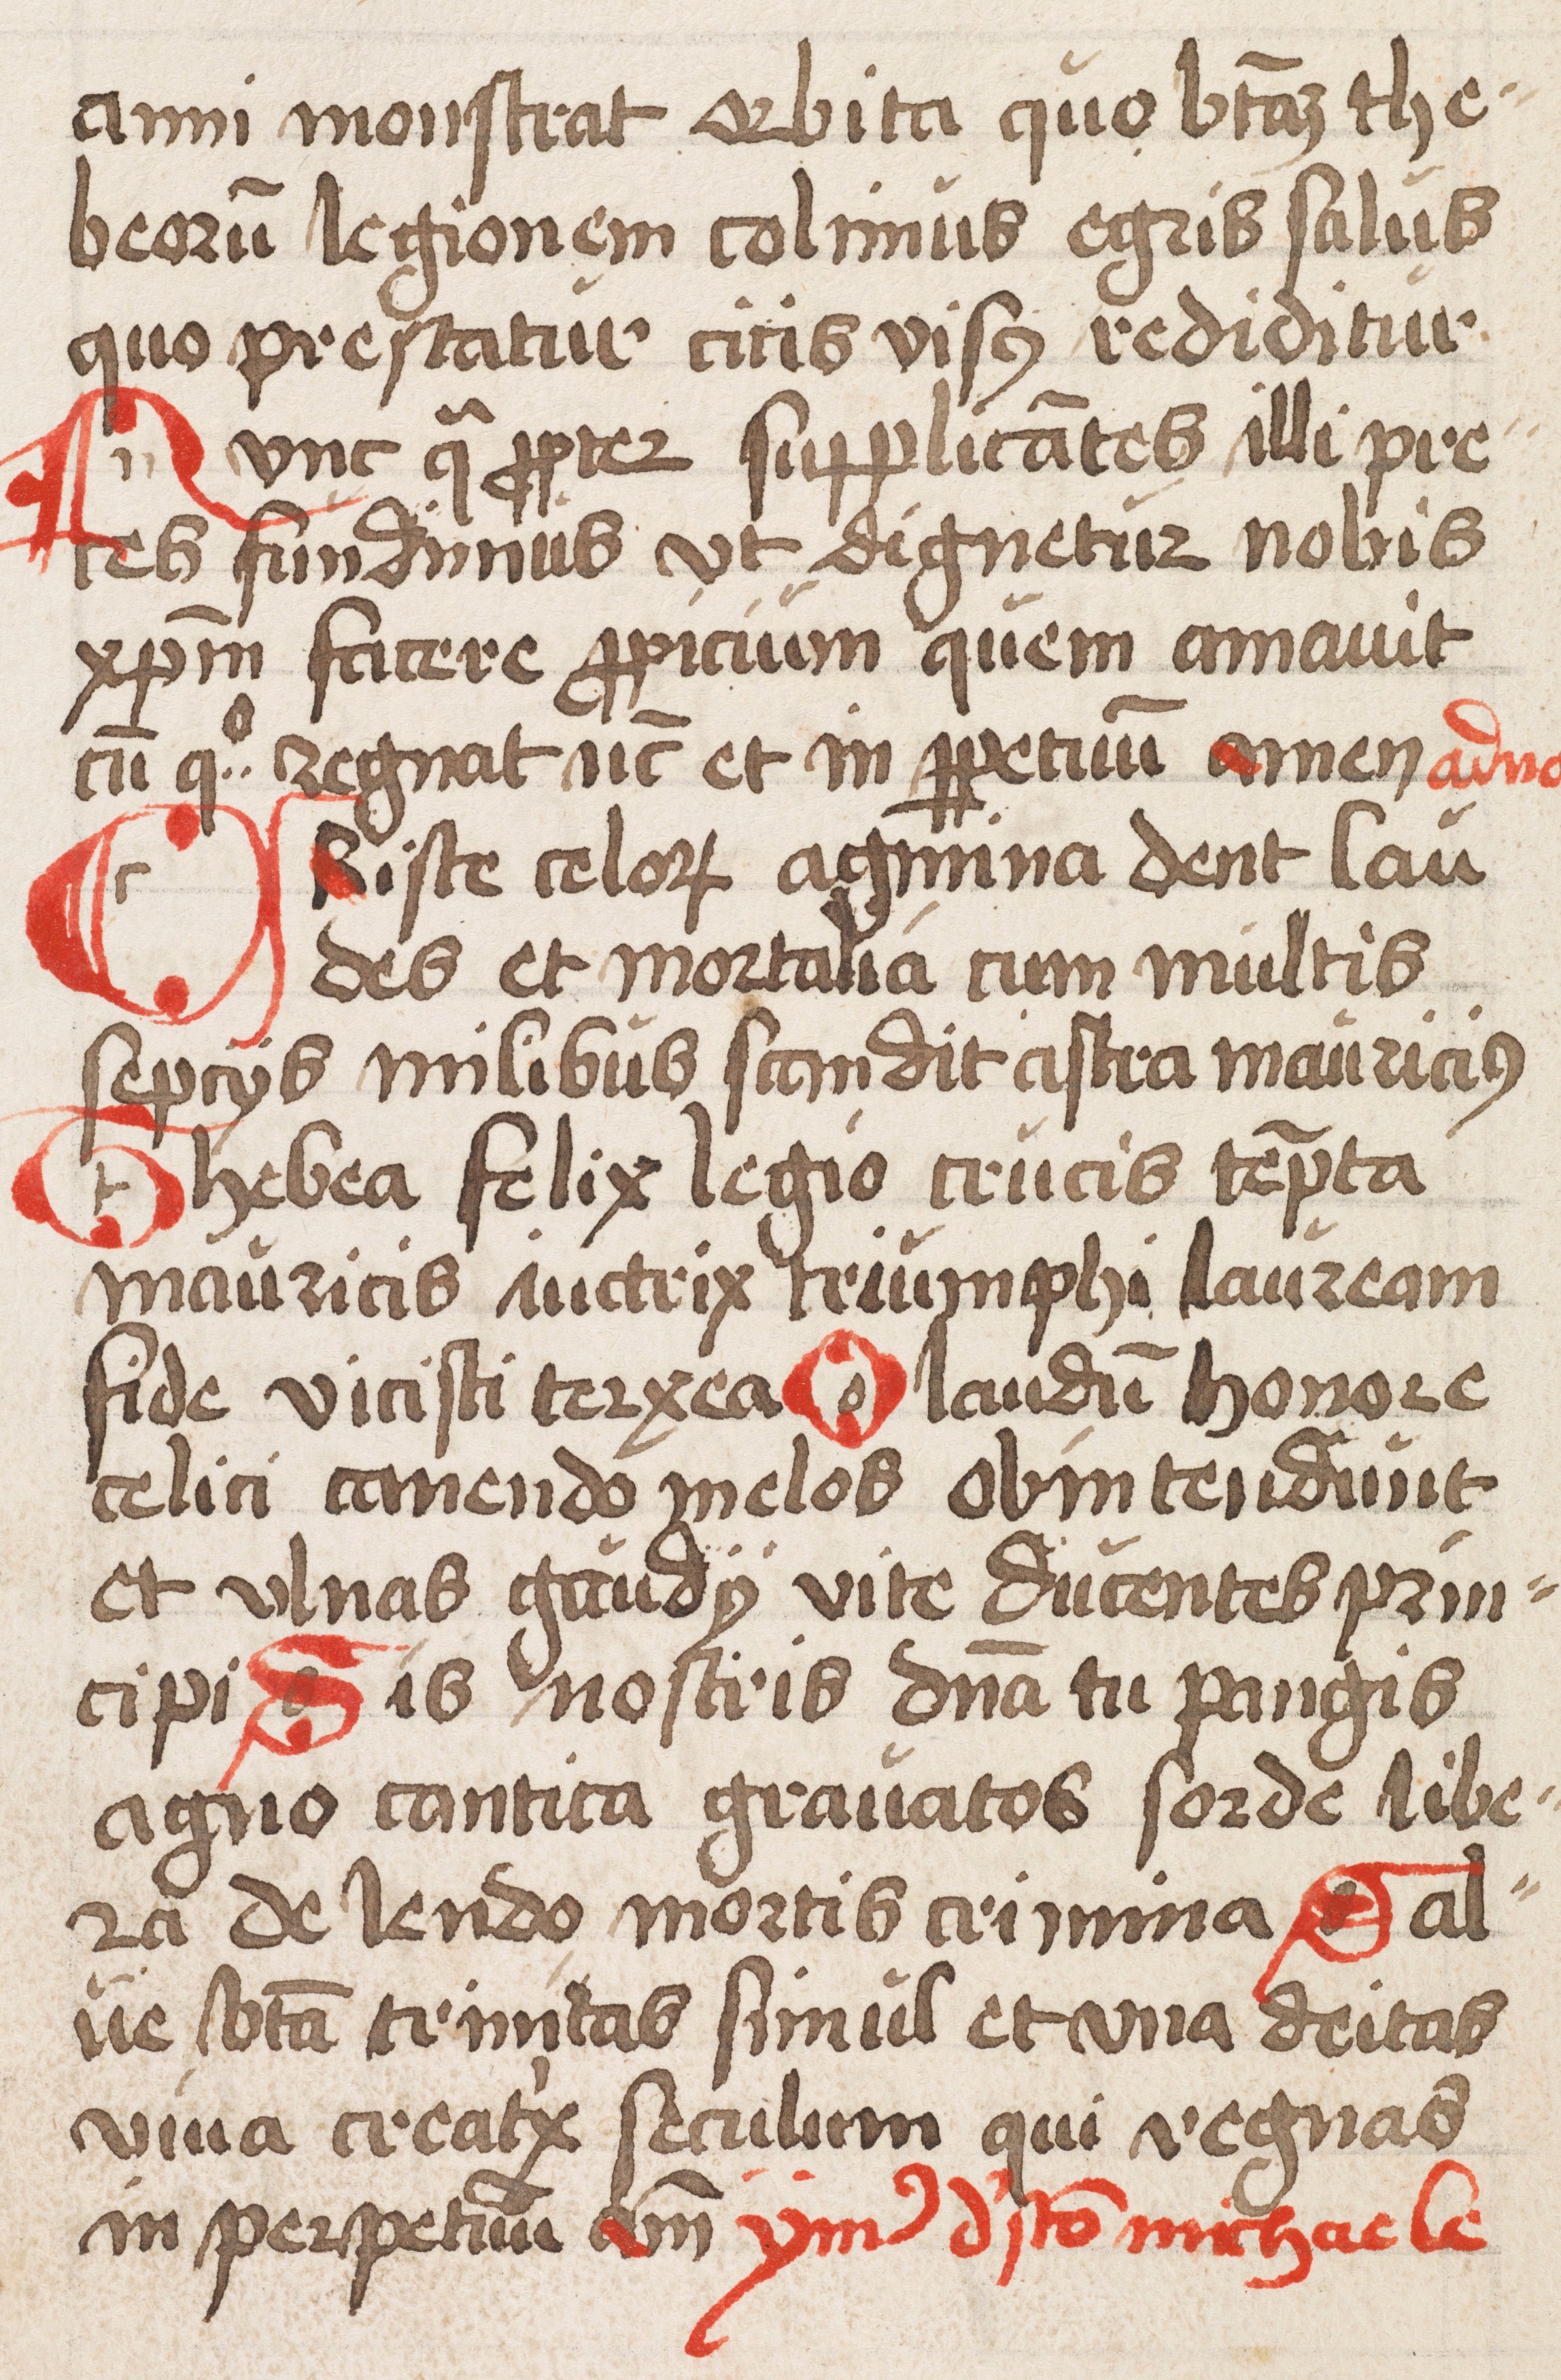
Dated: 1500–1524